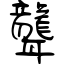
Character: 聾